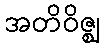
အတိဝိဇ္ဈ